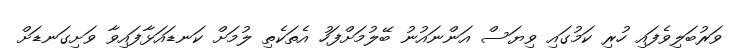
ވަރުބަލިވެފައި ހުރި ކަމުގައި ވިޔަސް އަންނައުނު ބޭލުމަށްފަހު އެތަކެތި ލުމަށް ކަނޑައަޅާފައިވާ ވަށިގަނޑަށް